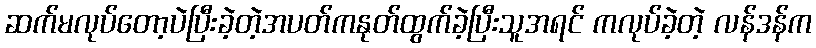
ဆက်မလုပ်တော့ပဲပြီးခဲ့တဲ့အပတ်ကနုတ်ထွက်ခဲ့ပြီးသူအရင် ကလုပ်ခဲ့တဲ့ လန်ဒန်က